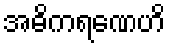
အဓိကရဏေဟိ